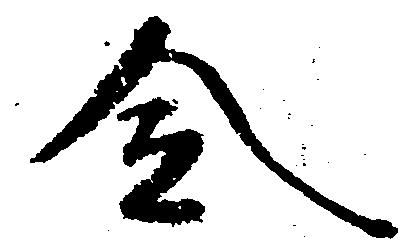
令